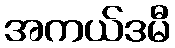
အကယ်ဒမီ